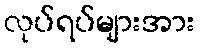
လုပ်ရပ်များအား